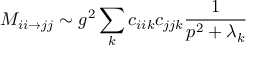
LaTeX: { \cal M } _ { i i \rightarrow j j } \sim g ^ { 2 } \sum _ { k } c _ { i i k } c _ { j j k } \frac { 1 } { p ^ { 2 } + \lambda _ { k } }